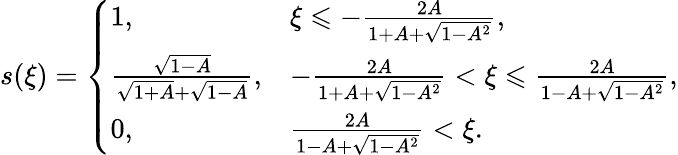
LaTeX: s(\xi)=\left\{ \begin{array}{ll}{1,}&{\xi\leqslant-\frac{2A}{1+A+\sqrt{1-A^{2}}},}\\ {\frac{\sqrt{1-A}}{\sqrt{1+A}+\sqrt{1-A}},}&{-\frac{2A}{1+A+\sqrt{1-A^{2}}}<\xi\leqslant\frac{2A}{1-A+\sqrt{1-A^{2}}},}\\ {0,}&{\frac{2A}{1-A+\sqrt{1-A^{2}}}<\xi.}\end{array}\right.